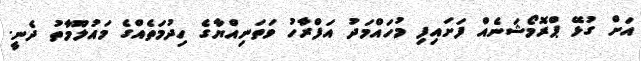
އަށް ގުޅޭ ޕްރޮމޯޝަނެއް ފަށައިފި މުހައްމަދު އަފްރާހު ވަތަނިއްޔާގެ ހިދުމަތެއްގެ މައުލޫމާތު ދެނީ.